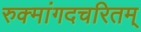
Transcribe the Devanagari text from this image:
रुक्मांगदचरितम्